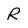
Character: R